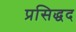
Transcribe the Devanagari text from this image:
प्रसिद्धद